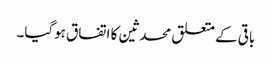
باقی کے متعلق محدثین کا اتفاق ہوگیا۔